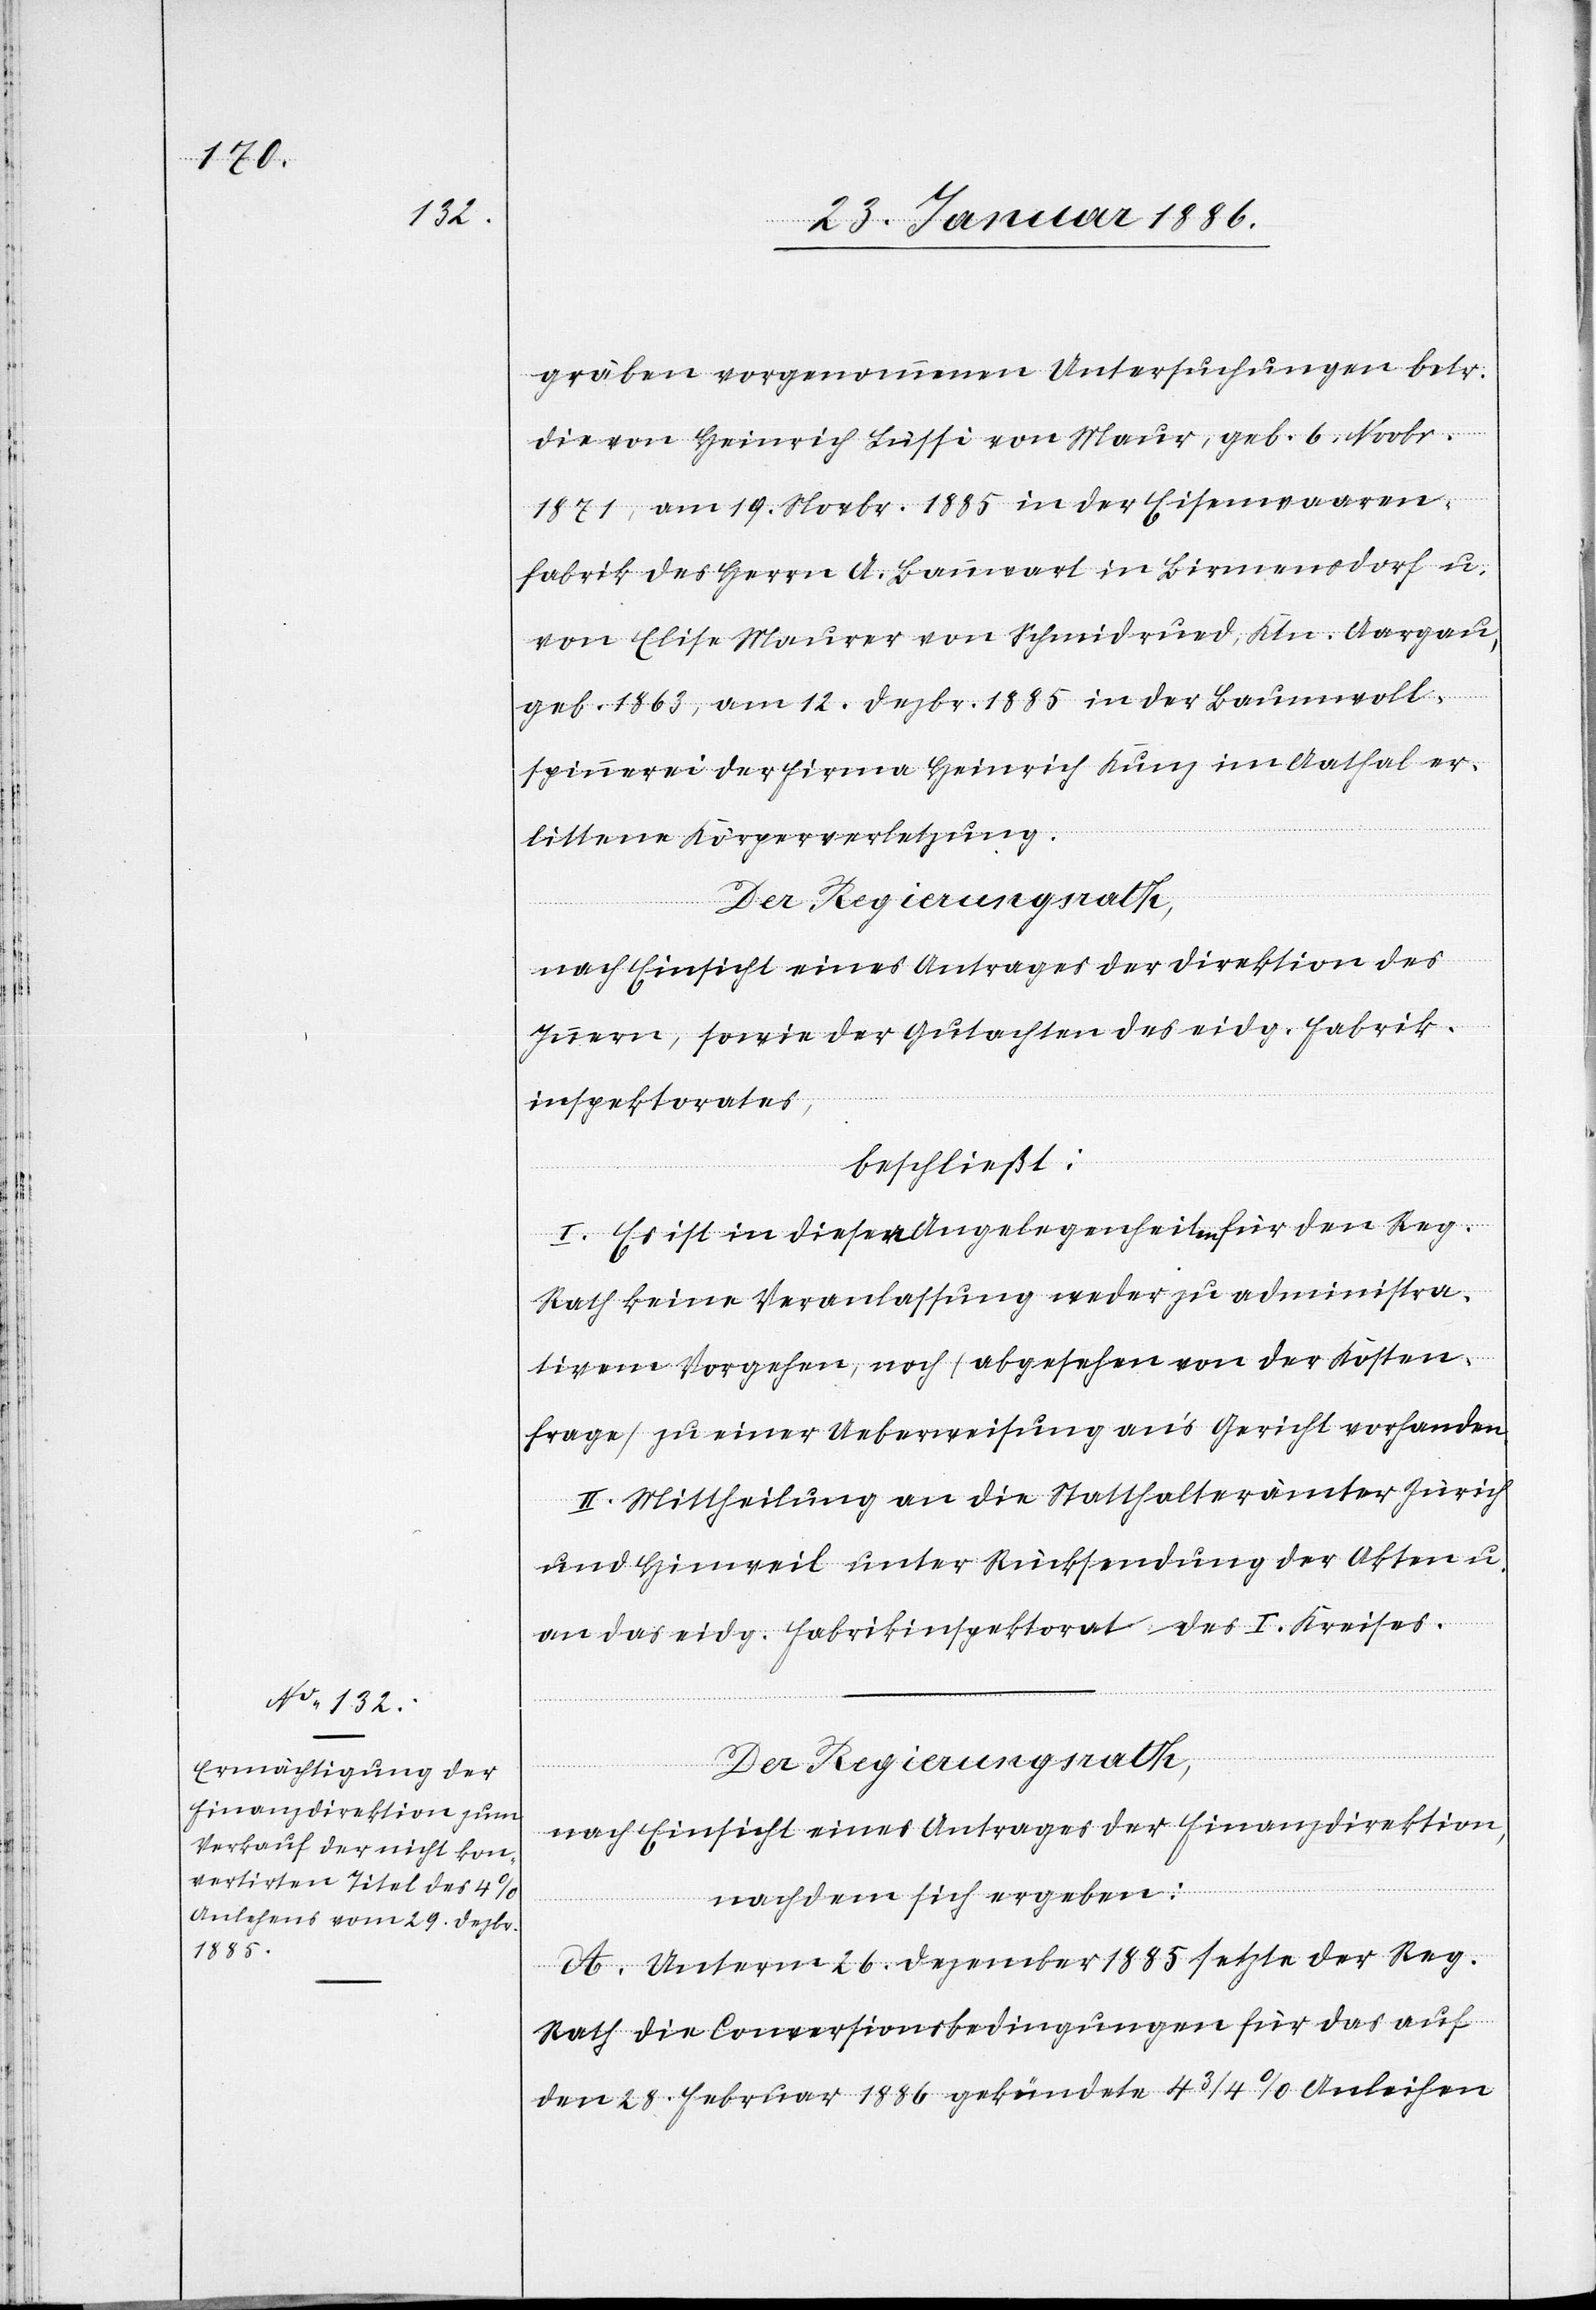
gräben vorgenommene Untersuchungen betr.
die von Heinrich Lüssi von Maur, geb. 6. Novbr.
1871, am 19. Novbr. 1885 in der Eisenwaaren¬
fabrik des Herrn A. Bannwart in Birmensdorf u.
von Elise Maurer von Schmidrued, Ktn. Aargau,
geb. 1863, am 12. Dezbr. 1885 in der Baumwoll¬
spinnerei der Firma Heinrich Kunz im Aathal er¬
littene Körperverletzung.
Der Regierungsrath,
nach Einsicht eines Antrages der Direktion des
Innern, sowie der Gutachten des eidg. Fabrik¬
inspektorates,
beschließt:
I. Es ist in diesen Angelegenheiten für den Reg.
Rath keine Veranlassung weder zu administra¬
tiven Vorgehen, noch (abgesehen von der Kosten¬
frage) zu einer Ueberweisung an’s Gericht vorhanden.
II. Mittheilung an die Statthalterämter Zürich
und Hinweil unter Rücksendung der Akten u.
an das eidg. Fabrikinspektorat des I. Kreises.
Der Regierungsrath,
nach Einsicht eines Antrages der Finanzdirektion,
nachdem sich ergeben:
A. Unterm 26. Dezember 1885 setzte der Reg.
Rath die Conversionsbedingungen für das auf
den 28. Februar 1886 gekündete 4 3/4% Anleihen